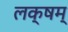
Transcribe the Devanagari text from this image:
लक्षम्